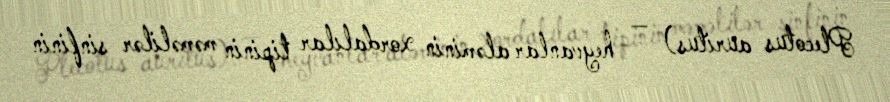
Plecotus auritus) — heyvanlar aləminin xordalılar tipinin məməlilər sinfinin